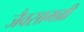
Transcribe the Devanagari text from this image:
जैवसामग्री